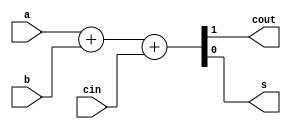
	
module fadd(a,b,cin,cout,s);  //Implement a full adder.
input a, b, cin;   	// Inputs to be added together with a carry in
output cout, s;   	// Output, carry (cout) and sum (s)

assign {cout,s} = a+b+cin;   // add a and b and put result in c and s.

endmodule